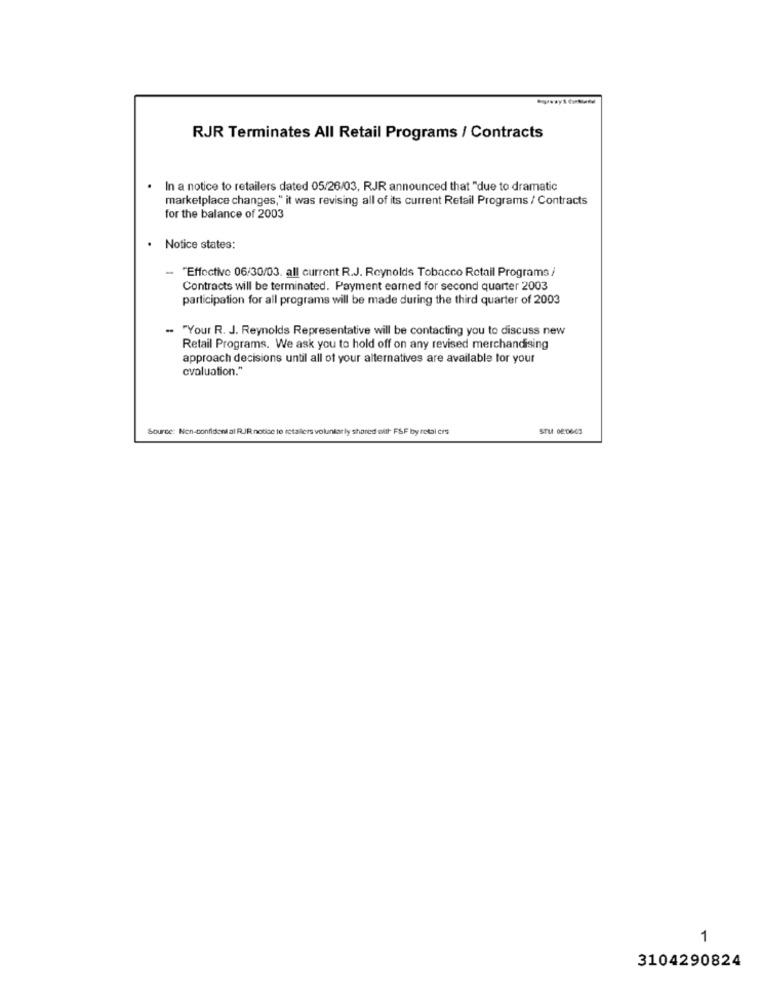
RJR Terminates All Retail Programs / Contracts
In a notice to retailers dated 05/26/03, RJR announced that "due to dramatic
marketplace changes," it was revising all of its current Retail Programs / Contracts
for the balance of 2003
Notice states:
- "Effective 06/30/03. all current R.J. Reynolds Tobacco Retail Programs i
Contracts will be terminated. Payment earned for second quarter 2003
participation for all programs will be made during the third quarter of 2003
"Your R. J. Reynolds Representative will be contacting you to discuss new
Retail Programs. We ask you to hold off on any revised merchandising
approach decisions until all of your alternatives are available for your
evaluation."
Source: Non-confident al R.JR notice to retailers voluntarily shared with F&F by retal crs
STM 08:0600
1
3104290824